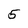
Character: 5